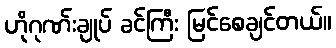
ဟိုဂုဏ်းချုပ် ခင်ကြီး မြင်စေချင်တယ်။